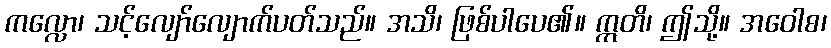
ကလ္လော၊ သင့်လျော်လျောက်ပတ်သည်။ အသိ၊ ဖြစ်ပါပေ၏။ ဣတိ၊ ဤသို့။ အဝေါစ၊